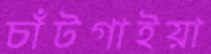
চাঁটগাইয়া